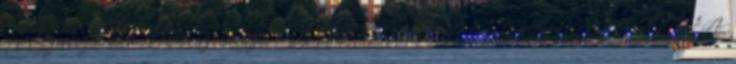
A Szervezeti és működési szabályzat SZABÓ PÁL ÁLTALÁNOS ISKOLA.